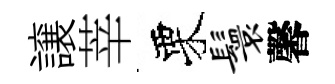
譲莘栗鬟馨